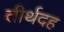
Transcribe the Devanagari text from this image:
तीर्थदह